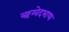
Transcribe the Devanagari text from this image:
ऋग्वेदभाष्य